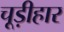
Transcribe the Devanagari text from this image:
चूड़ीहार